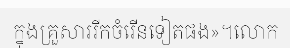
ក្នុងគ្រួសាររីកចំរើនទៀតផង»។លោក